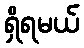
ရှိရမယ်